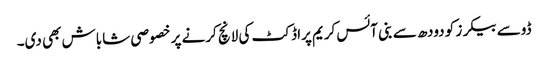
ڈوسے بیکرز کو دودھ سے بنی آئس کریم پراڈکٹ کی لانچ کرنے پر خصوصی شاباش بھی دی۔